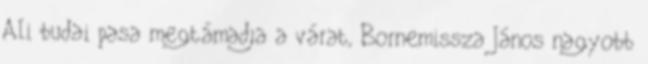
Ali budai pasa megtámadja a várat, Bornemissza János nagyobb